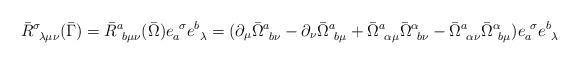
LaTeX: \begin{align*}\bar{R}^\sigma_{~\lambda \mu \nu } (\bar{\Gamma}) =\bar{R}^a_{~b \mu \nu } (\bar{\Omega}) e_a^{~\sigma} e^b_{~\lambda} =( \partial_\mu \bar{\Omega}^a_{~b \nu} -\partial_\nu \bar{\Omega}^a_{~b \mu}+ \bar{\Omega}^a_{~\alpha \mu} \bar{\Omega}^\alpha_{~b \nu}- \bar{\Omega}^a_{~\alpha \nu} \bar{\Omega}^\alpha_{~b \mu} )e_a^{~\sigma} e^b_{~\lambda}\end{align*}